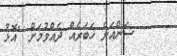
ސަންއަށް ޚަބަރެއް ދެއްވުމަށް: 'އޮޅު